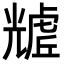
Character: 𧇲